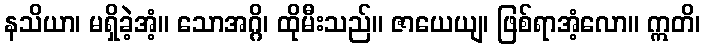
နသိယာ၊ မရှိခဲ့အံ့။ သောအဂ္ဂိ၊ ထိုမီးသည်။ ဇာယေယျ၊ ဖြစ်ရာအံ့လော။ ဣတိ၊